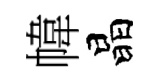
幃晶